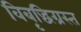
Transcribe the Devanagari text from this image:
विबृद्धिग्रस्त